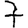
Digit: 7